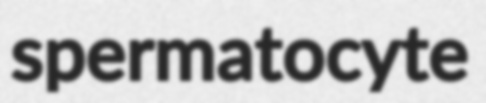
spermatocyte